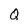
Character: Q